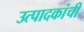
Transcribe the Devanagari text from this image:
उत्पादकांची